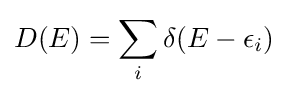
D(E)=\sum _{i}\delta (E-\epsilon _{i})